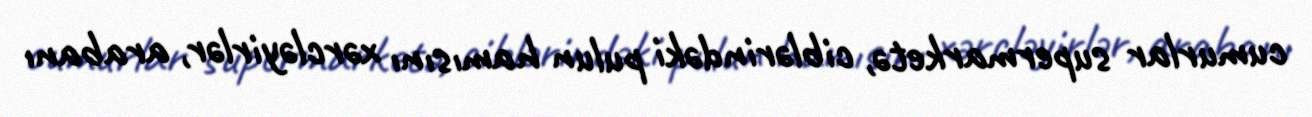
cumurlar supermarketə, ciblərindəki pulun hamısını xərcləyirlər, arabanı